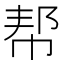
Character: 帮